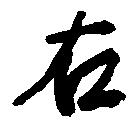
右